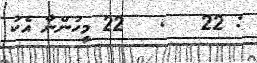
: 22